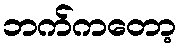
ဘက်ကတော့